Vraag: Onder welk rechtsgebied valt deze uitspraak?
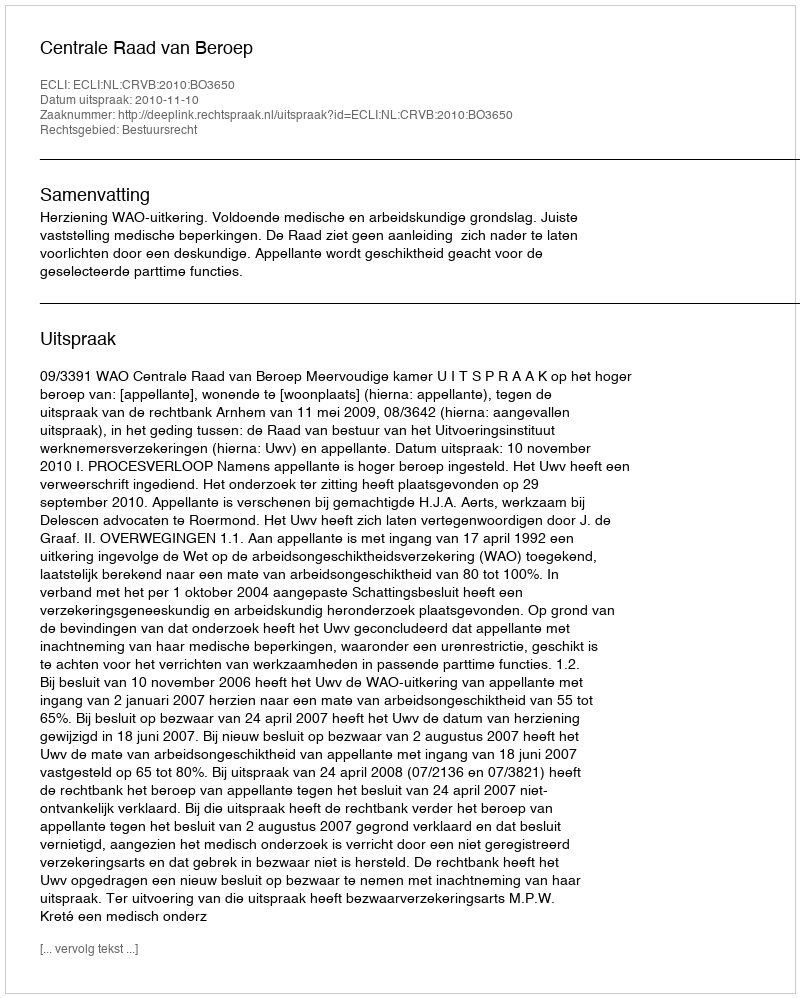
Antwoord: Bestuursrecht